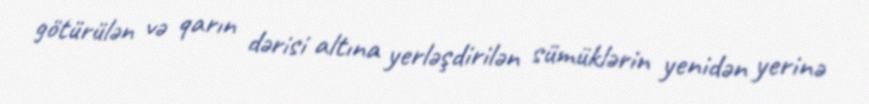
götürülən və qarın dərisi altına yerləşdirilən sümüklərin yenidən yerinə